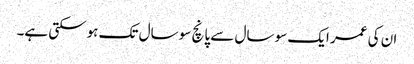
ان کی عمر ایک سو سال سے پانچ سو سال تک ہوسکتی ہے۔